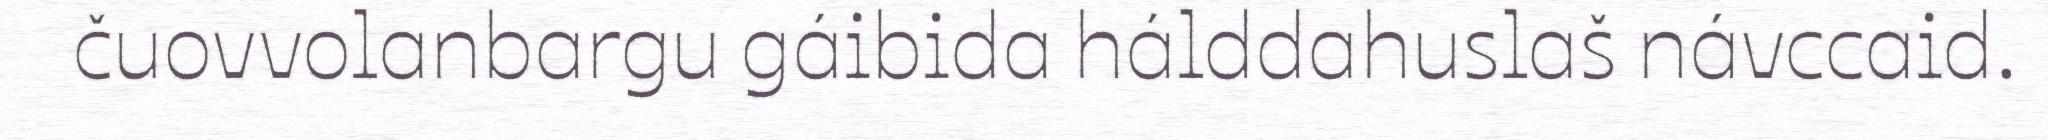
čuovvolanbargu gáibida hálddahuslaš návccaid.